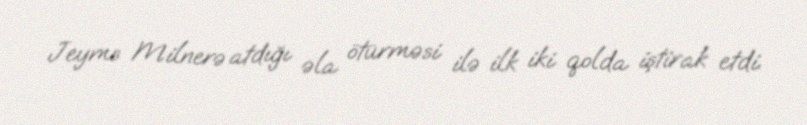
Jeyms Milnerə atdığı əla ötürməsi ilə ilk iki qolda iştirak etdi.